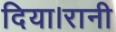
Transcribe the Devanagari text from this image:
दिया।रानी